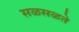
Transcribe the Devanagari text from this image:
सळसळते